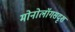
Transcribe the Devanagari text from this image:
मोनोलॉगसदृश